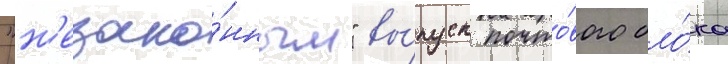
"н'езако́нным" вы́пуск почто́вого бло́ка